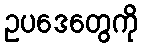
ဥပဒေတွေကို